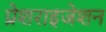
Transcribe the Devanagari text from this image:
प्रेशराइजेशन